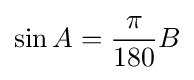
\sin A={\frac {\pi }{180}}B